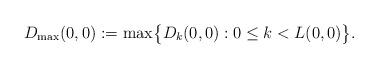
LaTeX: \begin{align*} D_{\max}(0,0):= \max\bigl\{D_{k}(0,0):0\leq k< L(0,0)\bigr\}.\end{align*}